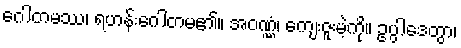
ဂေါတမဿ၊ ရဟန်းဂေါတမ၏။ အဝဏ္ဏံ၊ ကျေးဇူးမဲ့ကို။ ဥပ္ပါဒေတွာ၊